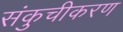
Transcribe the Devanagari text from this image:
संकुचीकरण